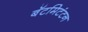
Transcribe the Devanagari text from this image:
बॅटमिटंटन